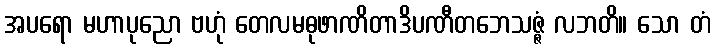
အပရော မဟာပုညော ဗဟုံ တေလမဓုဖာဏိတာဒိပဏီတဘေသဇ္ဇံ လဘတိ။ သော တံ